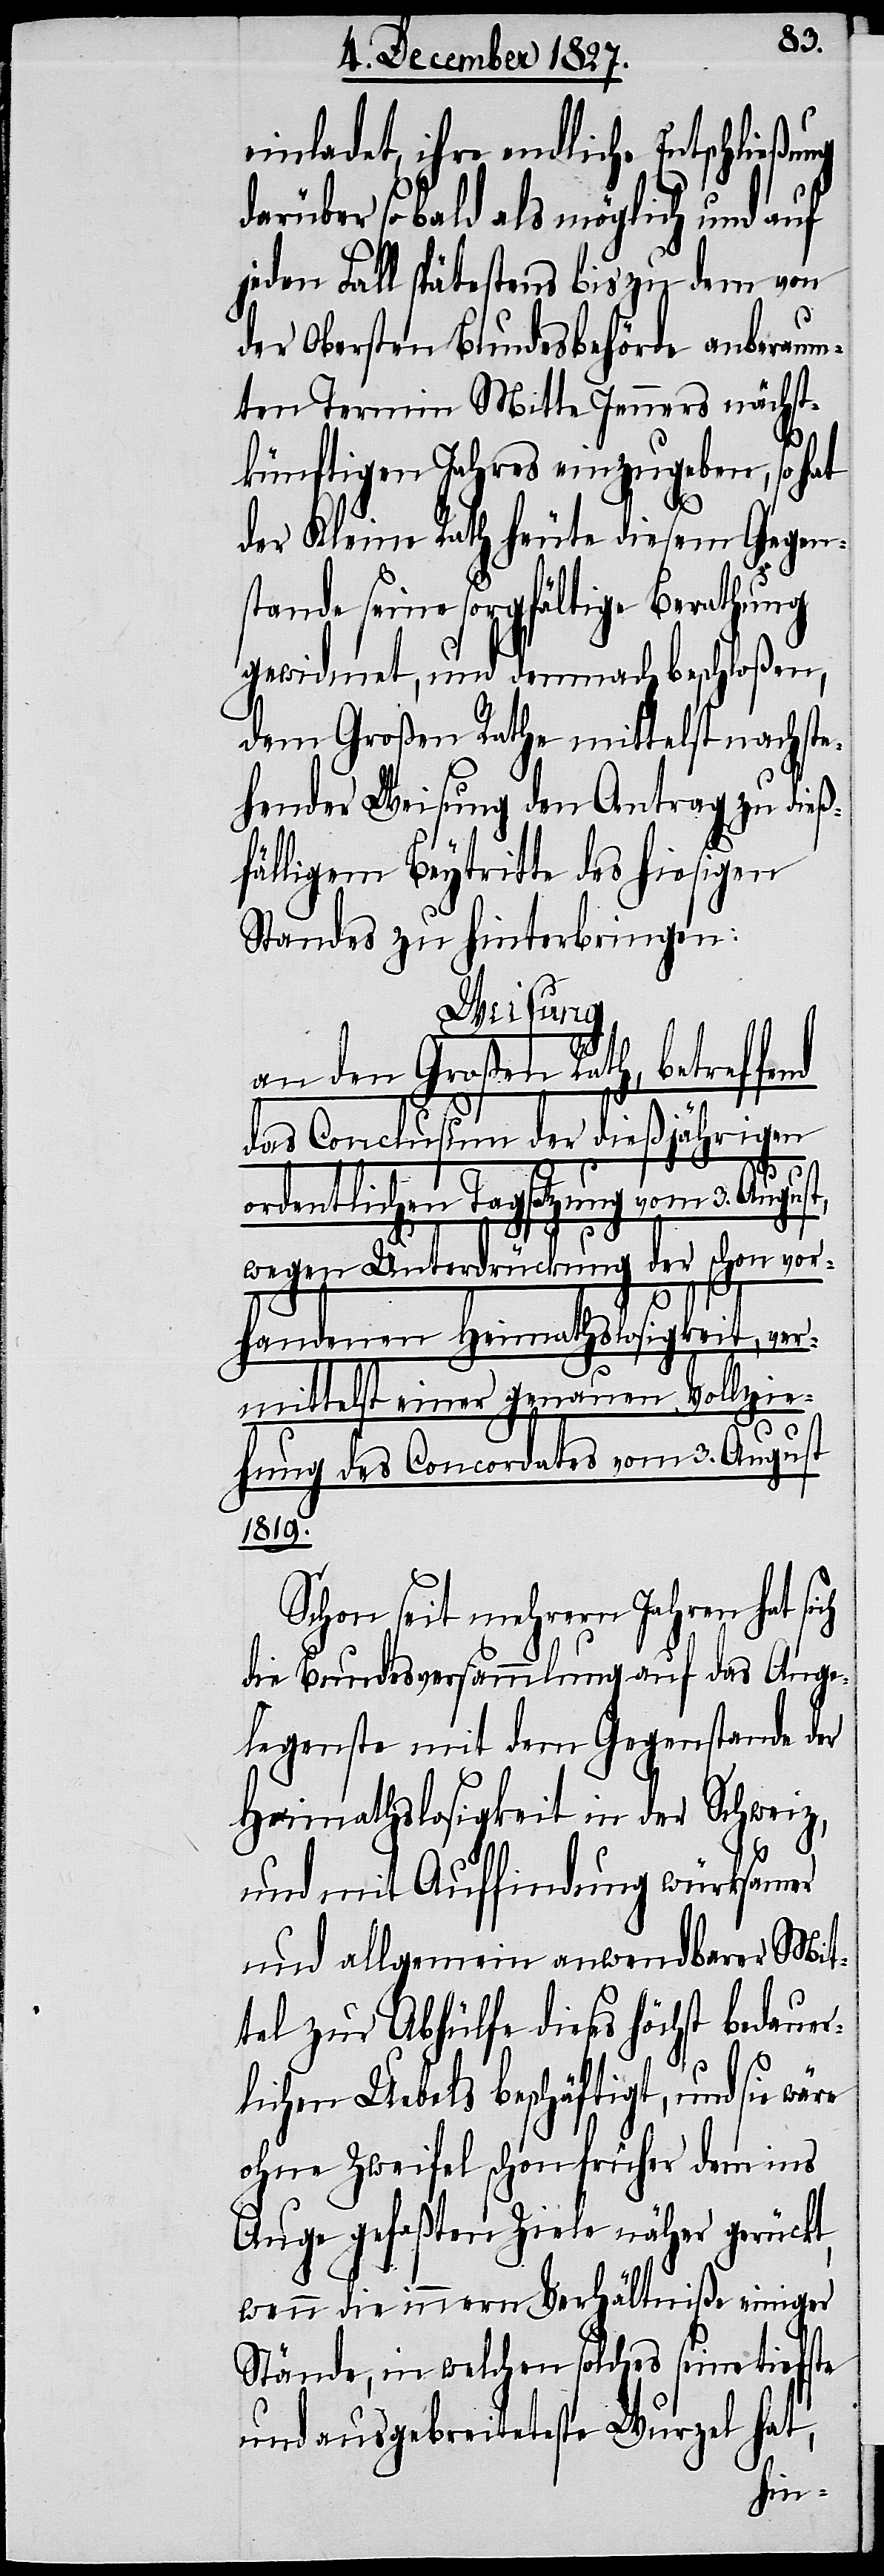
einladet, ihre endliche Entschließung
ber so bald als möglich und auf
jeden Fall spätestens bis zu dem von
der Obersten Bundesbehörde anberaum¬
ten Termin Mitte Jenners nächst¬
künftigen Jahres einzugeben, so hat
der Kleine Rath heute diesem Gegen¬
stand seine sorgfältige Berathung
gewidmet, und dernach beschloßen,
dem Großen Rathe mittelst nachste¬
hender Weisung den Antrage zu dieß¬
fälligem Beytritte des hiesigen
Standes zu hinterbringen:
Weisung,
an den Großen Rath, betreffe¬
das Conclusum der dießjährigen
ordentlichen Tagsatzung vom 3. August,
nd
darü¬
der schon vor¬
wegen Unterdrückung
handenen Heimathslosigkeit, ver¬
mittelst einer genauen Vollzie¬
hung des Concordates vom 3. August
1819.
Schon seit mehrern Jahren hat sich
die Bundesversammlung auf das Ange¬
legenste mit dem Gegenstande der
Heimathslosigkeit in der Schweiz,
und mit Auffindung würksamer
und allgemein anwendbarer Mit¬
tel zur Abhülfe dieses höchst bedauer¬
lichen Uebels beschäftigt, und sie wäre
ohne Zweifel schon früher dem ins
Auge gefaßten Ziele näher gerückt,
wenn die innern Verhältniße einiger
Stände, in welchen solches seine tiefste
und ausgebreitetste Wurzel hat,